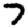
Digit: 7